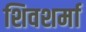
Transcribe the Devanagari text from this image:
शिवशर्मा